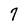
Character: 7